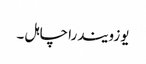
یوزویندرا چاہل ۔